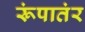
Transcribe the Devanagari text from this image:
रूंपातंर